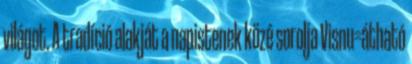
világot. A tradíció alakját a napistenek közé sorolja Visnu=átható